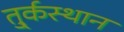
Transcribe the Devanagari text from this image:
तु्र्कस्थान